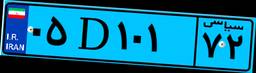
۰۵D۱۰۱۷۲